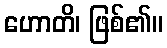
ဟောတိ၊ ဖြစ်၏။